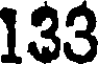
133